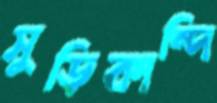
সুড়িকান্দি